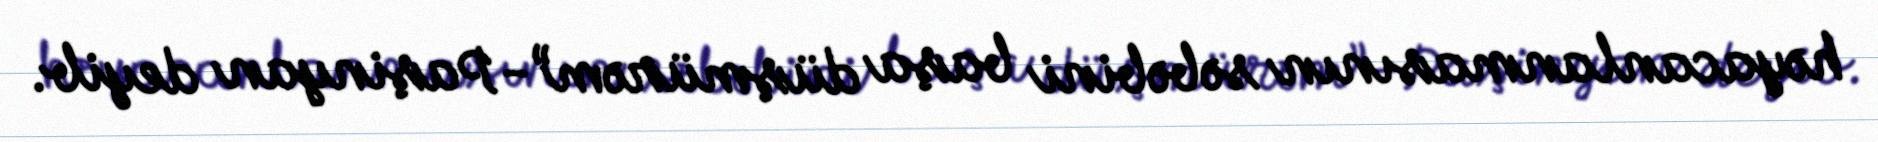
həyacanlanmasının səbəbini başa düşmürəm”-Paşinyan deyib.